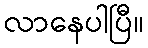
လာနေပါပြီ။